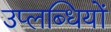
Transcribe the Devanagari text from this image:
उप्लब्धियों